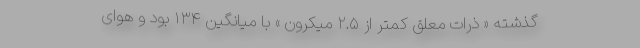
گذشته « ذرات معلق کمتر از ۲.۵ میکرون » با میانگین ۱۳۴ بود و هوای